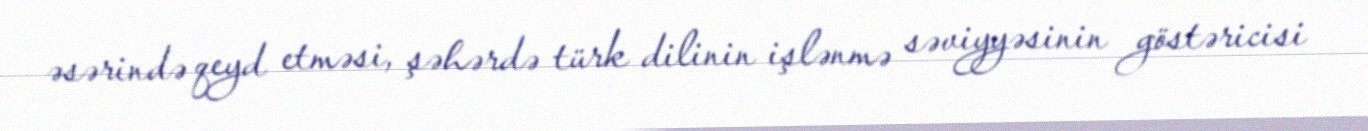
əsərində qeyd etməsi, şəhərdə türk dilinin işlənmə səviyyəsinin göstəricisi